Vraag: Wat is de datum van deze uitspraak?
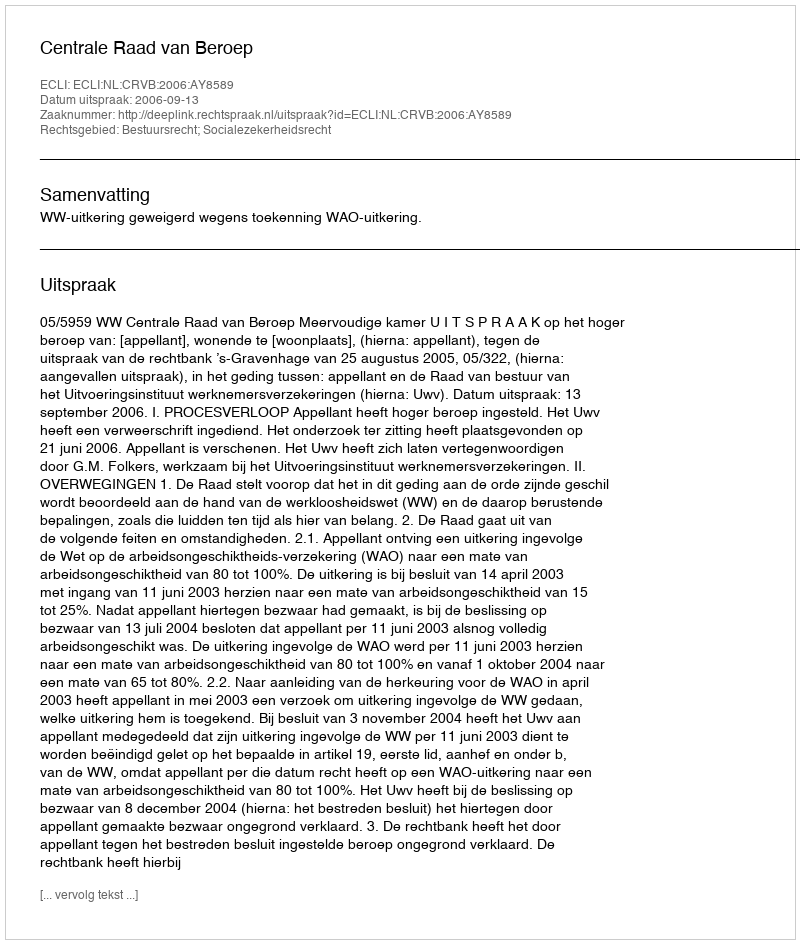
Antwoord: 2006-09-13